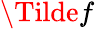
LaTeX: \Tilde{f}